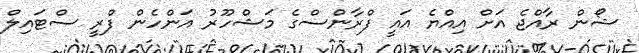
ޝޯން ރާއްޖެ އަށް އިއްޔެ އައީ ފްރާންސްގެ މަޝްހޫރު އަންހެން ފްރީ ސްޓައިލް